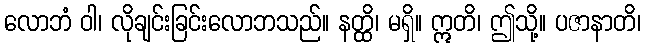
လောဘံ ဝါ၊ လိုချင်းခြင်းလောဘသည်။ နတ္ထိ၊ မရှိ။ ဣတိ၊ ဤသို့။ ပဇာနာတိ၊